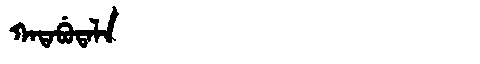
Manchu: ᡴᠠᡨᠠᠪᡠᡨᠠᠯᠠ
Romanization: KATABUTALA